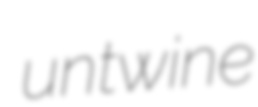
untwine